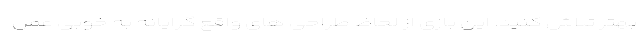
بهتر تلاش کنید. این بازی از لحاظ طراحی های واقع گرایانه به خوبی عمل